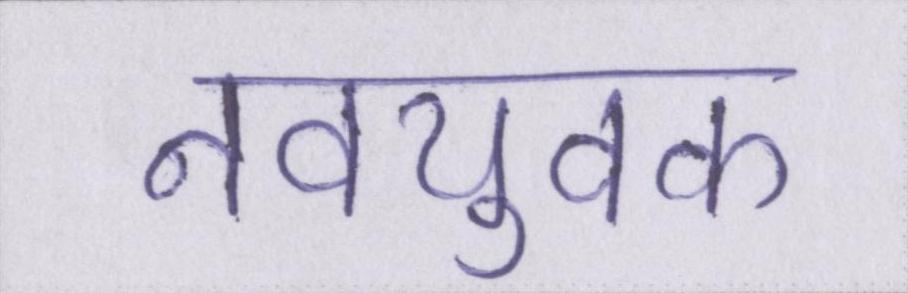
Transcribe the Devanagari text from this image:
नवयुवक